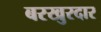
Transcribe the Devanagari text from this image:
बरखुरदार